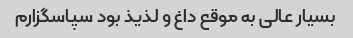
بسیار عالی به موقع داغ و لذیذ بود سپاسگزارم